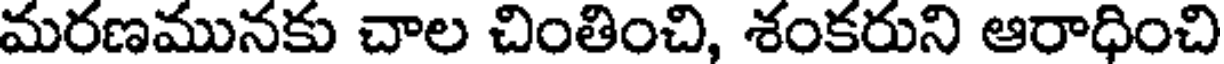
మరణమునకు చాల చింతించి, శంకరుని ఆరాధించి